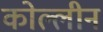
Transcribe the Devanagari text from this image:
कोल्लीन